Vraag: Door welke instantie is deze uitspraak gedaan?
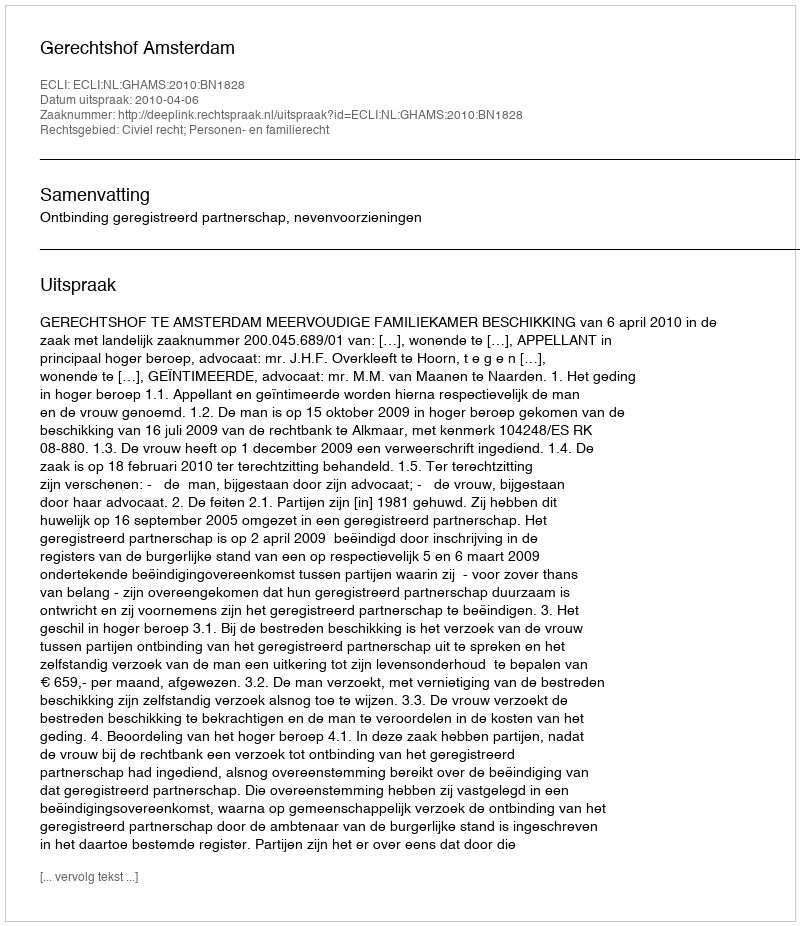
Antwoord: Gerechtshof Amsterdam